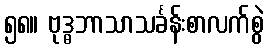
၅၈။ ဗုဒ္ဓဘာသာသင်္ခန်းစာလက်စွဲ